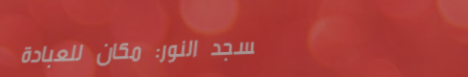
مسجد النور: مكان للعبادة